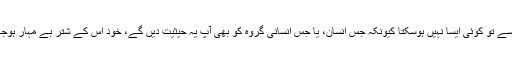
خود انسانوں میں سے تو کوئی ایسا نہیں ہوسکتا کیونکہ جس انسان، یا جس انسانی گروہ کو بھی آپ یہ حیثیت دیں گے، خود اس کے شتر بے مہار ہوجانے کا امکان ہے۔